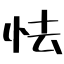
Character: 怯